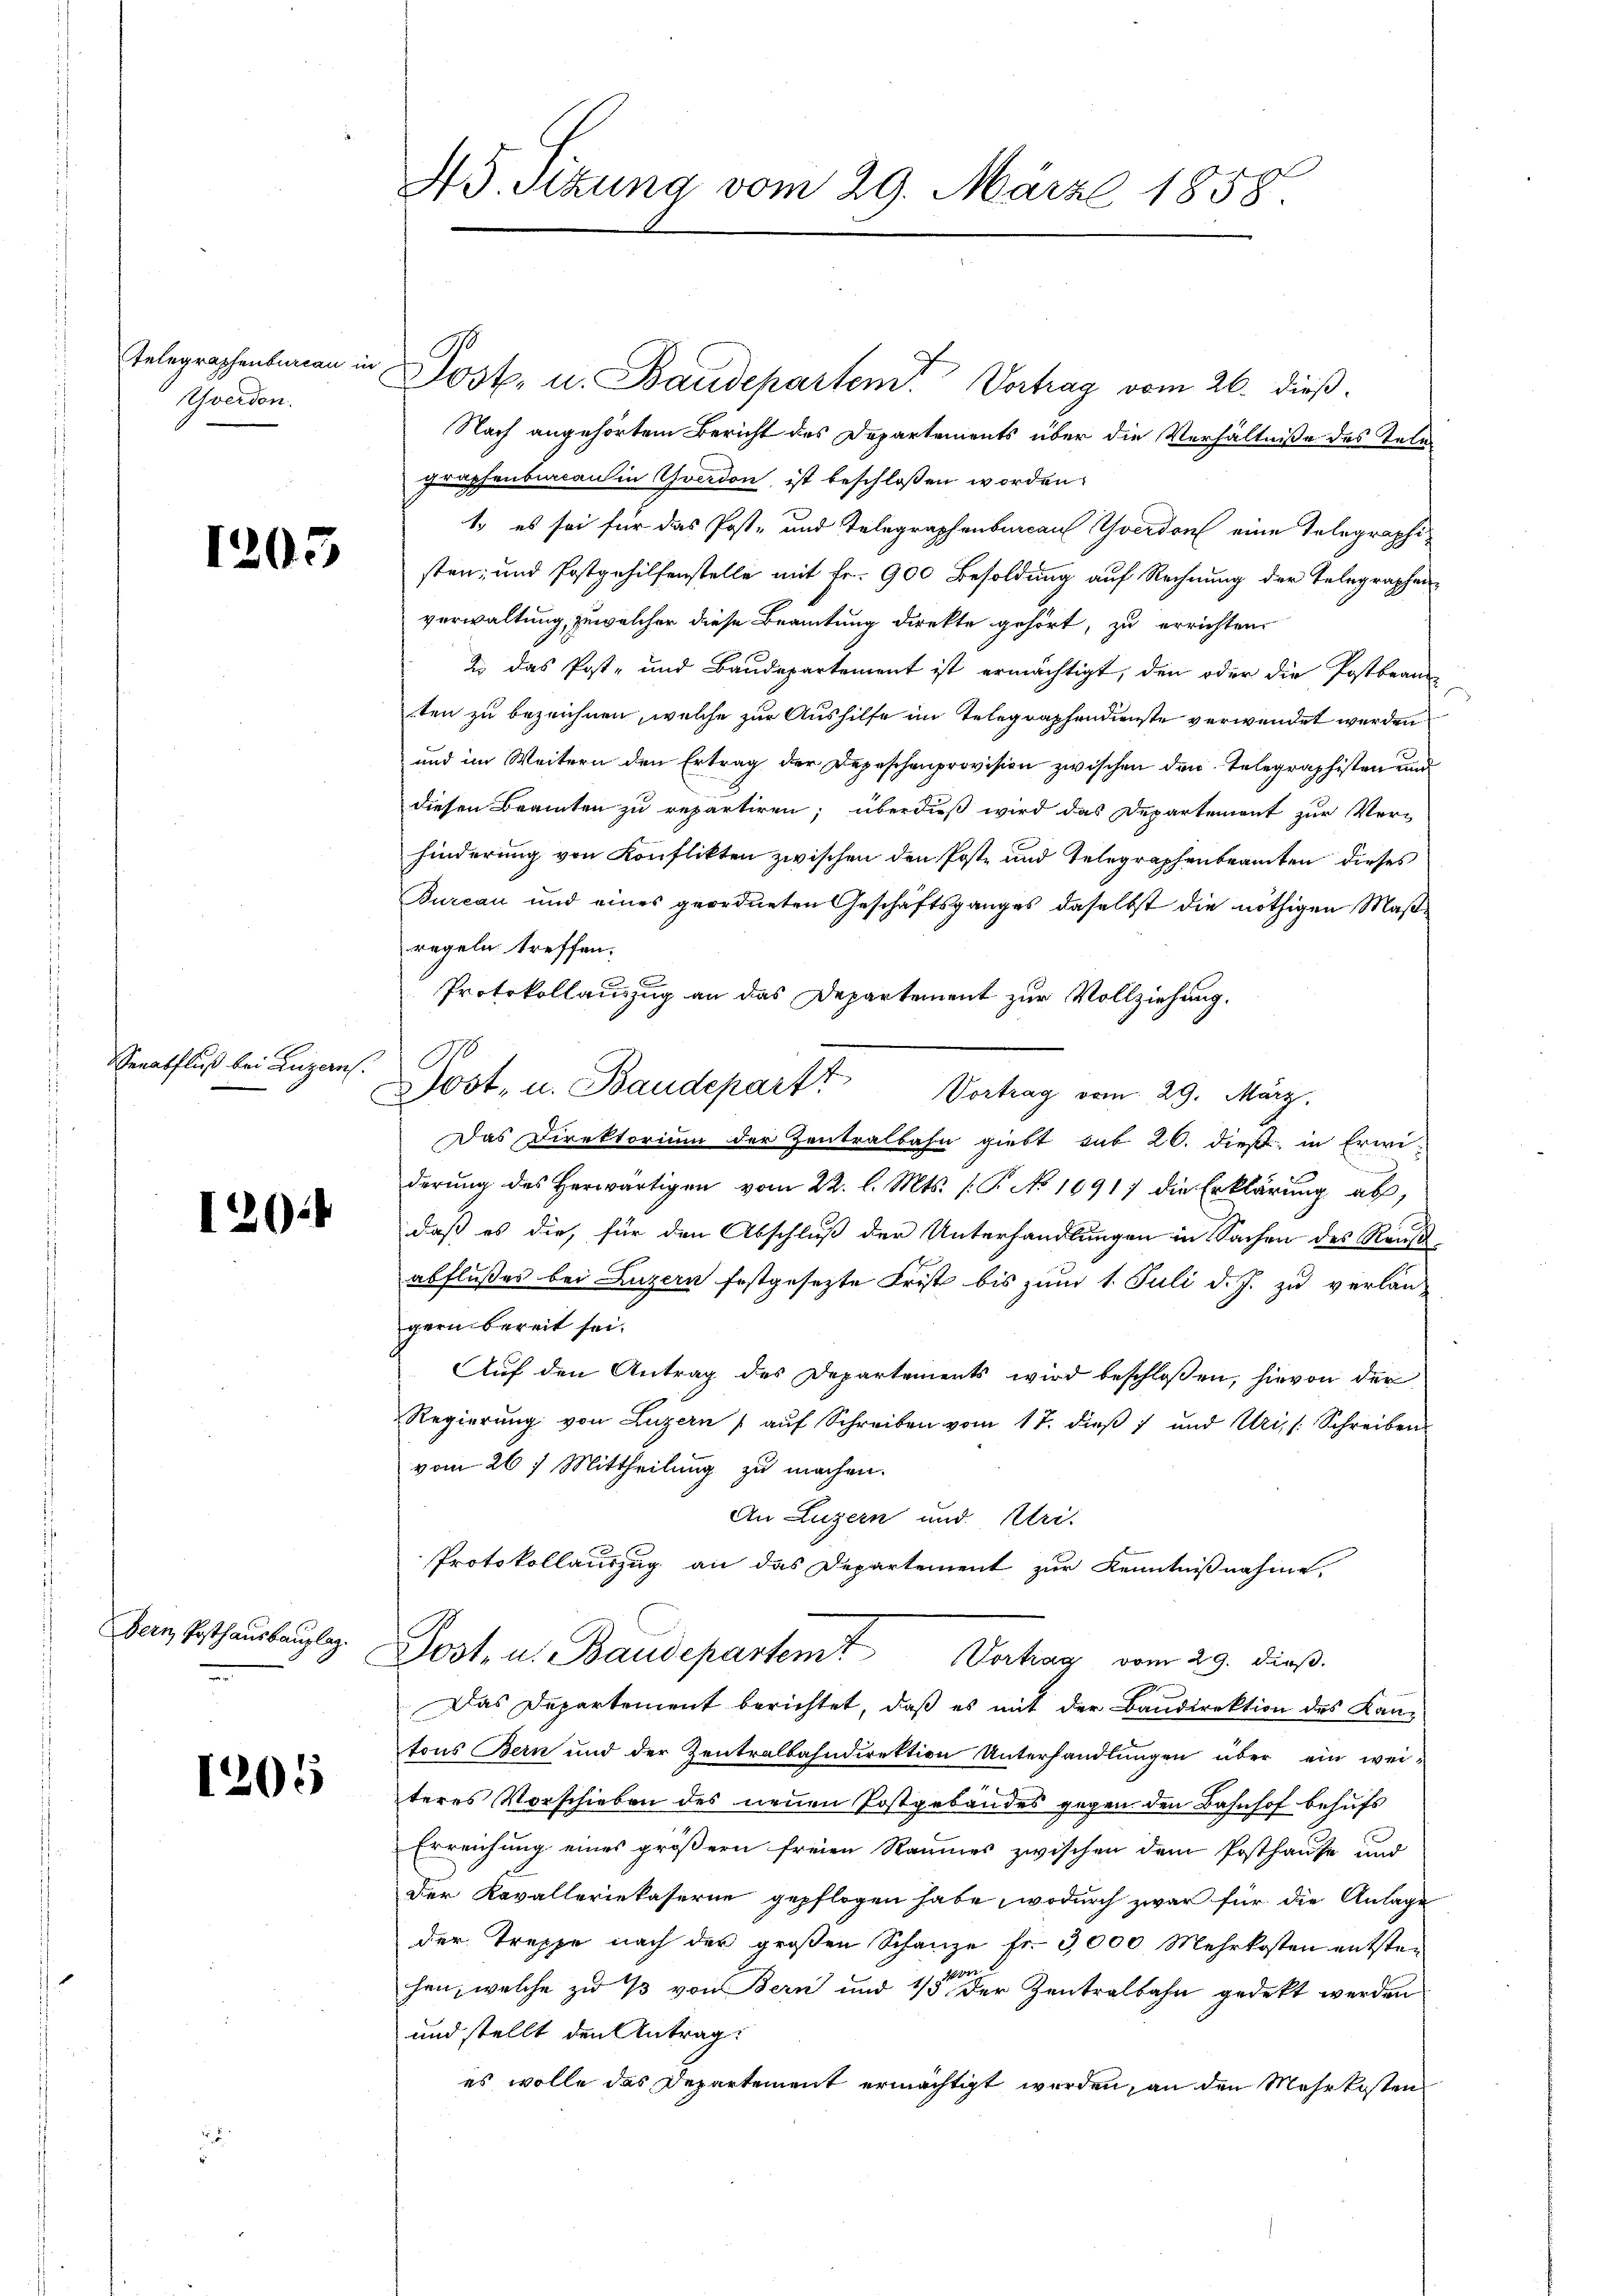
Yverdon.

1203

Senatfluß bei anzaus

126

Bern Posthausbauplaz.

1205

Telegraphentarian in Post- u. Baudeparten Vortrag vom 26. dieß
Nach angehörtem Bericht des Departements über die Verhältniße des Telegraphenbureaulin Yverdon ist beschlossen worden.
1. es sei für das Post- und Telegraphenburcau Yverdon eine Telegraphisten; und Postgehilfenstelle mit Fr. 900 Besoldung auf Rechnung der Telegraphenverwaltung, zu welcher diese Beamtung direkte gehört, zu errichten.
2 das Post- und Baudepartement ist ermächtigt, den oder die Postbeanten zu bezeichnen, welche zur Aushilfe im Telegraphendienste verwendet werden
und im Weitern den Ertrag der Depeschenprovision zwischen den Telegraphisten und
diesen Beamten zu repartiren; überdieß wird das Departement zur Verhinderung von Konflikten zwischen den Poste und Telegraphenbeamten dieses
Bureau und eines geordneten Geschäftsganges daselbst die nöthigen Maßregeln treffen.
Protokollauszug an das Departement zur Vollziehung.
Jost, u. Baudepart? Vortrag vom 29. März.
Das Direktorium der Zentralbahn giebt sub 20. dieß, in Erwi-
derung des herwärtigen vom 22. l. Mts. (: P. No 16917 die Erklärung ab,
daß es die, für den Abschluß der Unterhandlungen in Sachen des Raus
abflußes bei Luzern festgesezte Frist bis zum 1. Juli d. J. zu verlan-
gern bereit sei.
Auf den Antrag des Departements wird beschloßen, hievon der
Regierŭng von Luzern / aŭf Schreiben vom 17. dieβ 7 und Uri, Schreiben
vom 26 t Mittheilung zu machen.
An Luzern und Uri.
Protokollauszug an das Departement zur Kenntnißnahme,
Post- u. Baudepartem Verhag vom 29. dieß.
Das Departement berichtet, daß es mit der Baudirektion des Kantons Bern und der Zentralbahndirektion Unterhandlungen über ein weiteres Vorschieben des neuen Postgebäudes gegen den Bahnhof behufs
Erreichung eines größern freien Raumes zwischen dem Posthause und
Der Kavalleriekaserne gepflogen habe, wodurch zwar für die Anlage
der Treppe nach der großen Schanze fr. 3000 Mehrkosten entsten
hen, welche zu 1/3 von Bern und 1/3 der Zentralbahn gedekt werden
und stellt den Antrag:
es wolle das Departement ermächtigt werden, an den Mehrkosten

45. Sitzung vom 29. März 1858.